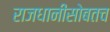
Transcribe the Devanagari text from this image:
राजधानीसोबतच